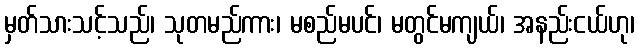
မှတ်သားသင့်သည်၊ သုတမည်ကား၊ မစည်မပင်၊ မတွင်မကျယ်၊ အနည်းငယ်ဟု၊